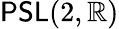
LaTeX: \mathsf{PSL}(2,\mathbb{R})